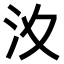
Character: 𣲋